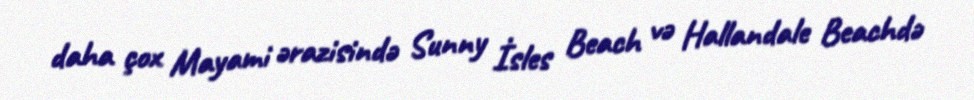
daha çox Mayami ərazisində Sunny İsles Beach və Hallandale Beachdə